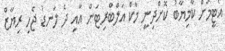
އެޓީމަށް ކާމިޔާބު ކޮށްދިނީ މާކް އަލްބްރިޓަން އާއި ދެ ލަނޑު ޖެހި ރިޔާޒް